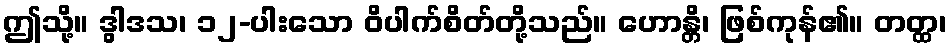
ဤသို့။ ဒွါဒသ၊ ၁၂-ပါးသော ဝိပါက်စိတ်တို့သည်။ ဟောန္တိ၊ ဖြစ်ကုန်၏။ တတ္ထ၊